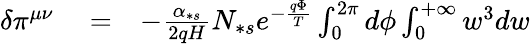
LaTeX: \begin{array}{rlr}{\delta\pi^{\mu\nu}}&{{}=}&{-\frac{\alpha_{\ast s}}{2qH}N_{\ast s}e^{-\frac{q\Phi}{T}}\int_{0}^{2\pi}d\phi\int_{0}^{+\infty}w^{3}dw}\end{array}